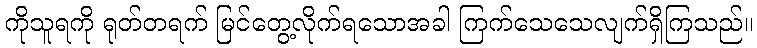
ကိုသူရကို ရုတ်တရက် မြင်တွေ့လိုက်ရသောအခါ ကြက်သေသေလျက်ရှိကြသည်။